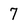
Character: 7